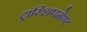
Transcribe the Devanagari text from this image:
ट्रांस्शिपमेण्ट